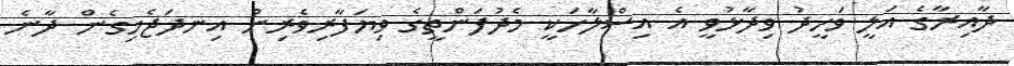
ދާއިރާގެ އަލީ ވަހީދު ވިދާޅުވީ އެ އިސްލާހަކީ މެދުފަންތީގެ ވިޔަފާރިވެރިން އިނދަޖެހިގެން ދާނެ